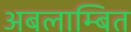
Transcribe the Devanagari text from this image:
अबलाम्बित